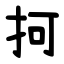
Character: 抲